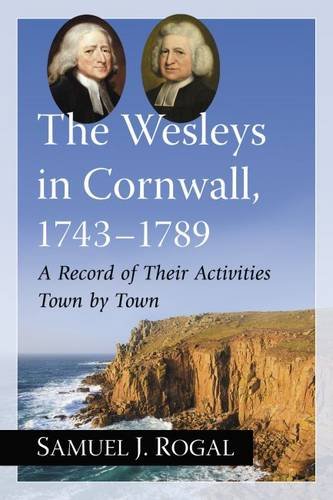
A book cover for The Wesleys in Cornwall, 1743-1789: A Record of Their Activities Town by Town; Samuel J. Rogal; Christian Books & Bibles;